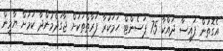
އެގޮތުން ފައިސާ ދައްކާ 75 ޕަސެންޓް ހަމަކުރާ ފަރާތްތަކަށް ޖާގަދެމުންދާ ކަމަށް ޔާމީން